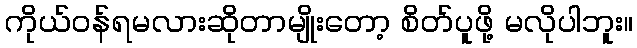
ကိုယ်ဝန်ရမလားဆိုတာမျိုးတော့ စိတ်ပူဖို့ မလိုပါဘူး။